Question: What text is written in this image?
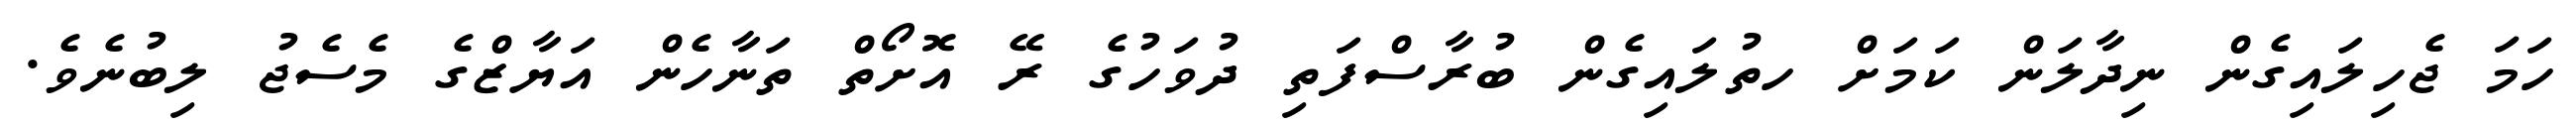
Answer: ހަމަ ޖެހިލައިގެން ނިދާލަން ކަމަށް ހތުލައިގެން ބުރާސްފަތި ދުވަހުގެ ރޭ އޮށޯތް ތަނާހެން އަޔާޒްގެ މެސެޖު ލިބުނެވެ.